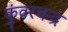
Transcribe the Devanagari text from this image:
कुंवरचन्द्र